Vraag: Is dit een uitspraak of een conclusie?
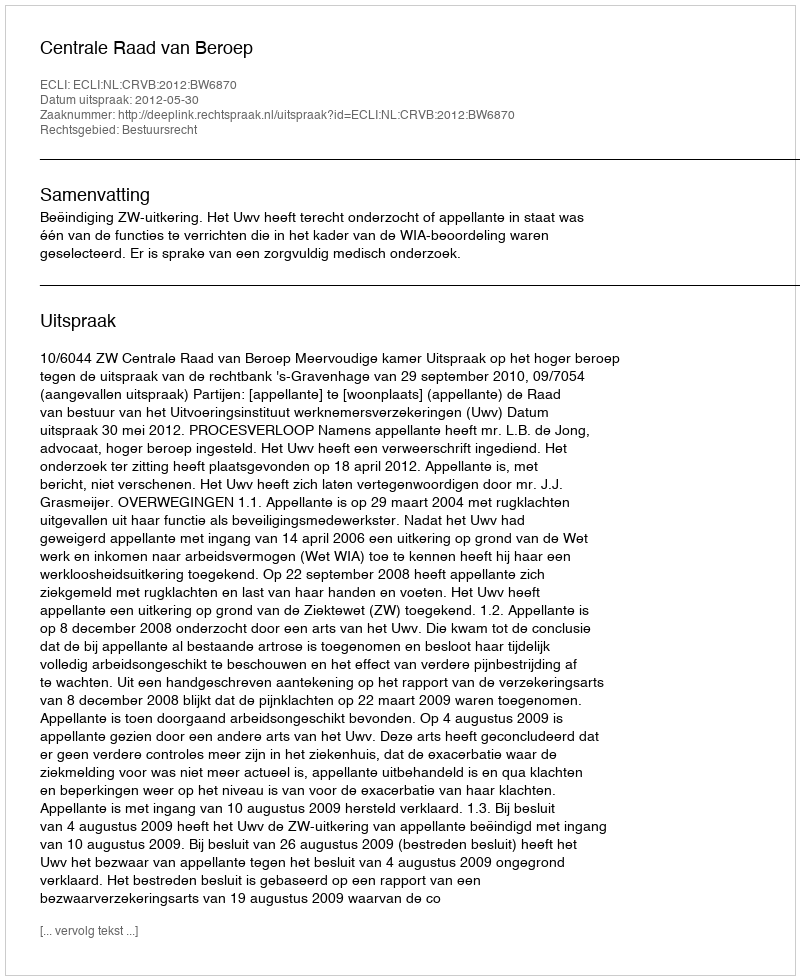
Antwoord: Uitspraak